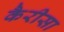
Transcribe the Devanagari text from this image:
कैरीसा